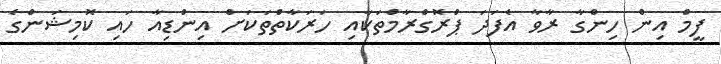
ފީމް އިން ހިންގާ ރާވާ އެފަދަ ޕްރޮގްރާމްތަކާއި ހަރަކާތްތަކަށް އިންޑިއާ ހައި ކޮމިޝަންގެ